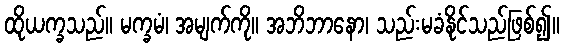
ထိုယက္ခသည်။ မက္ခမံ၊ အမျက်ကို။ အဘိဘာနော၊ သည်းမခံနိုင်သည်ဖြစ်၍။